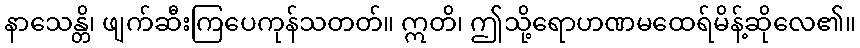
နာသေန္တိ၊ ဖျက်ဆီးကြပေကုန်သတတ်။ ဣတိ၊ ဤသို့ရောဟဏမထေရ်မိန့်ဆိုလေ၏။